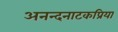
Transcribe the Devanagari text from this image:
अनन्दनाटकप्रिया